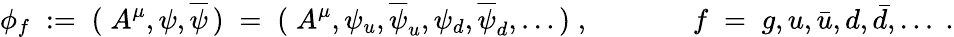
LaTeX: \phi_{f}\; :=\; (\; A^{\mu},\psi,\overline{{{\psi}}}\, )\; =\; (\; A^{\mu},\psi_{u},\overline{{{\psi}}}_{u},\psi_{d},\overline{{{\psi}}}_{d},\ldots\, )\; ,\; \; \; \; \; \; \; \; \; \; \; \; \; f\; =\; g,u,\bar{u},d,\bar{d},\ldots\; .